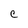
Character: C